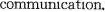
communication.